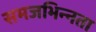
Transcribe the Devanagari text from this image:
समजभिन्नता